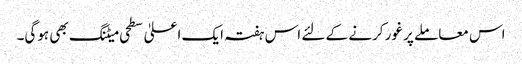
اس معاملے پر غور کرنے کے لئے اس ہفتہ ایک اعلیٰ سطحی میٹنگ بھی ہوگی۔